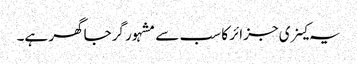
یہ کینری جزائر کا سب سے مشہور گرجاگھر ہے۔